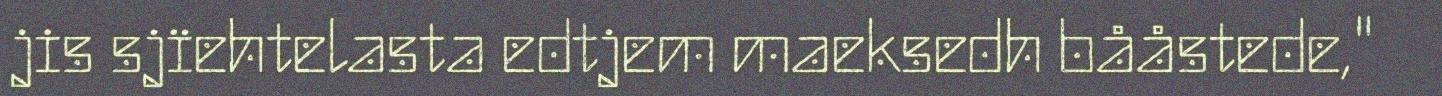
jis sjïehtelasta edtjem maeksedh bååstede,"